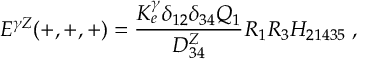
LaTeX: E ^ { \gamma Z } ( + , + , + ) = { \frac { K _ { e } ^ { \gamma } \delta _ { 1 2 } \delta _ { 3 4 } Q _ { 1 } } { D _ { 3 4 } ^ { Z } } } R _ { 1 } R _ { 3 } H _ { 2 1 4 3 5 } \; ,